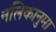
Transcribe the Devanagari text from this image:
नलिकानुमा